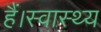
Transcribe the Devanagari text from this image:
हैं।स्वास्थ्य